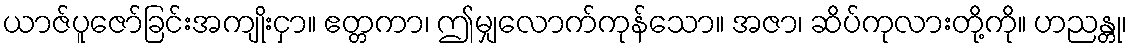
ယာဇ်ပူဇော်ခြင်းအကျိုးငှာ။ ဧတ္တကာ၊ ဤမျှလောက်ကုန်သော။ အဇာ၊ ဆိပ်ကုလားတို့ကို။ ဟညန္တု၊